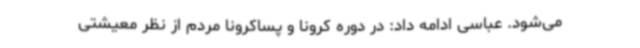
می‌شود. عباسی ادامه داد: در دوره کرونا و پساکرونا مردم از نظر معیشتی